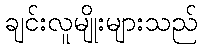
ချင်းလူမျိုးများသည်